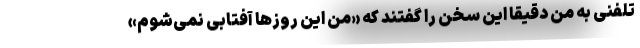
تلفنی به من دقیقا این سخن را گفتند که «من این روزها آفتابی نمی‌شوم»